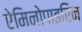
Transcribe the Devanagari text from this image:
ऐमिनोपाइरिन